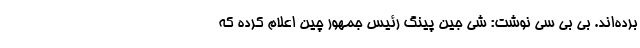
برده‌اند. بی بی سی نوشت: شی جین پینگ رئیس جمهور چین اعلام کرده که